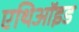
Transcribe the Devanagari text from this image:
एथिऑइड